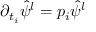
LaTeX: \partial _ { t _ { i } } \hat { \psi } ^ { l } = p _ { i } \hat { \psi } ^ { l }